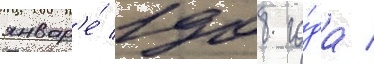
январ'е́ 1908 го́да /